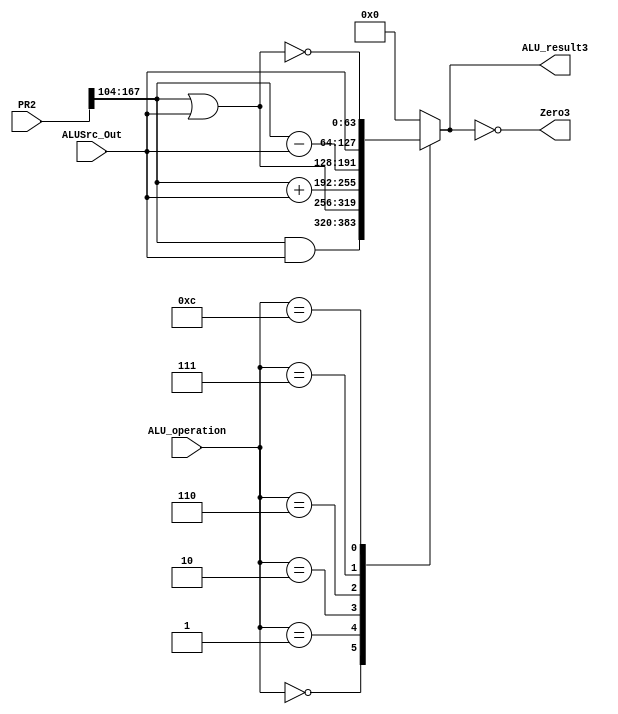
`timescale 1ns / 1ps
//////////////////////////////////////////////////////////////////////////////////
// Company: 
// Engineer: 
// 
// Design Name: 
// Module Name:    ALU 
// Project Name: 
// Target Devices: 
// Tool versions: 
// Description: 
//
// Dependencies: 
//
// Revision: 
// Revision 0.01 - File Created
// Additional Comments: 
//
//////////////////////////////////////////////////////////////////////////////////
module ALU(PR2,ALUSrc_Out,ALU_operation,ALU_result3,Zero3);
	 input [499:0] PR2;
	 wire [63:0] Data1_3;
	 input [63:0] ALUSrc_Out;
    input [3:0] ALU_operation;
    wire [63:0] A,B;
    output reg [63:0] ALU_result3;
    output Zero3;
	 
	 assign Data1_3 = PR2[167:104];
	 assign A = Data1_3;
	 assign B = ALUSrc_Out;
	 
    assign Zero3 = (ALU_result3==0); //Zero is true if ALU Result is 0
	 
	 always @* begin //reevaluate if these change
	 case (ALU_operation)
	 0: ALU_result3 <= A&B;
	 1: ALU_result3 <= A|B;
	 2: ALU_result3 <= A+B;
	 6: ALU_result3 <= A-B;
	 7: ALU_result3 <= B;
	 12: ALU_result3 <= ~(A|B); //result is nor
	 default: ALU_result3 <= 0;
	 endcase
	end
endmodule